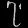
Digit: ၇